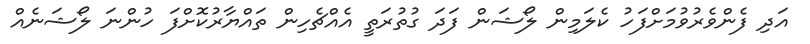
އަދި ފެންވެރުވުމަށްފަހު ކެލަމިން ލޯޝަން ފަދަ ގުތުރަތީ އެއްޗެހިން ތައްޔާރުކޮށްފަ ހުންނަ ލޯޝަނެއް